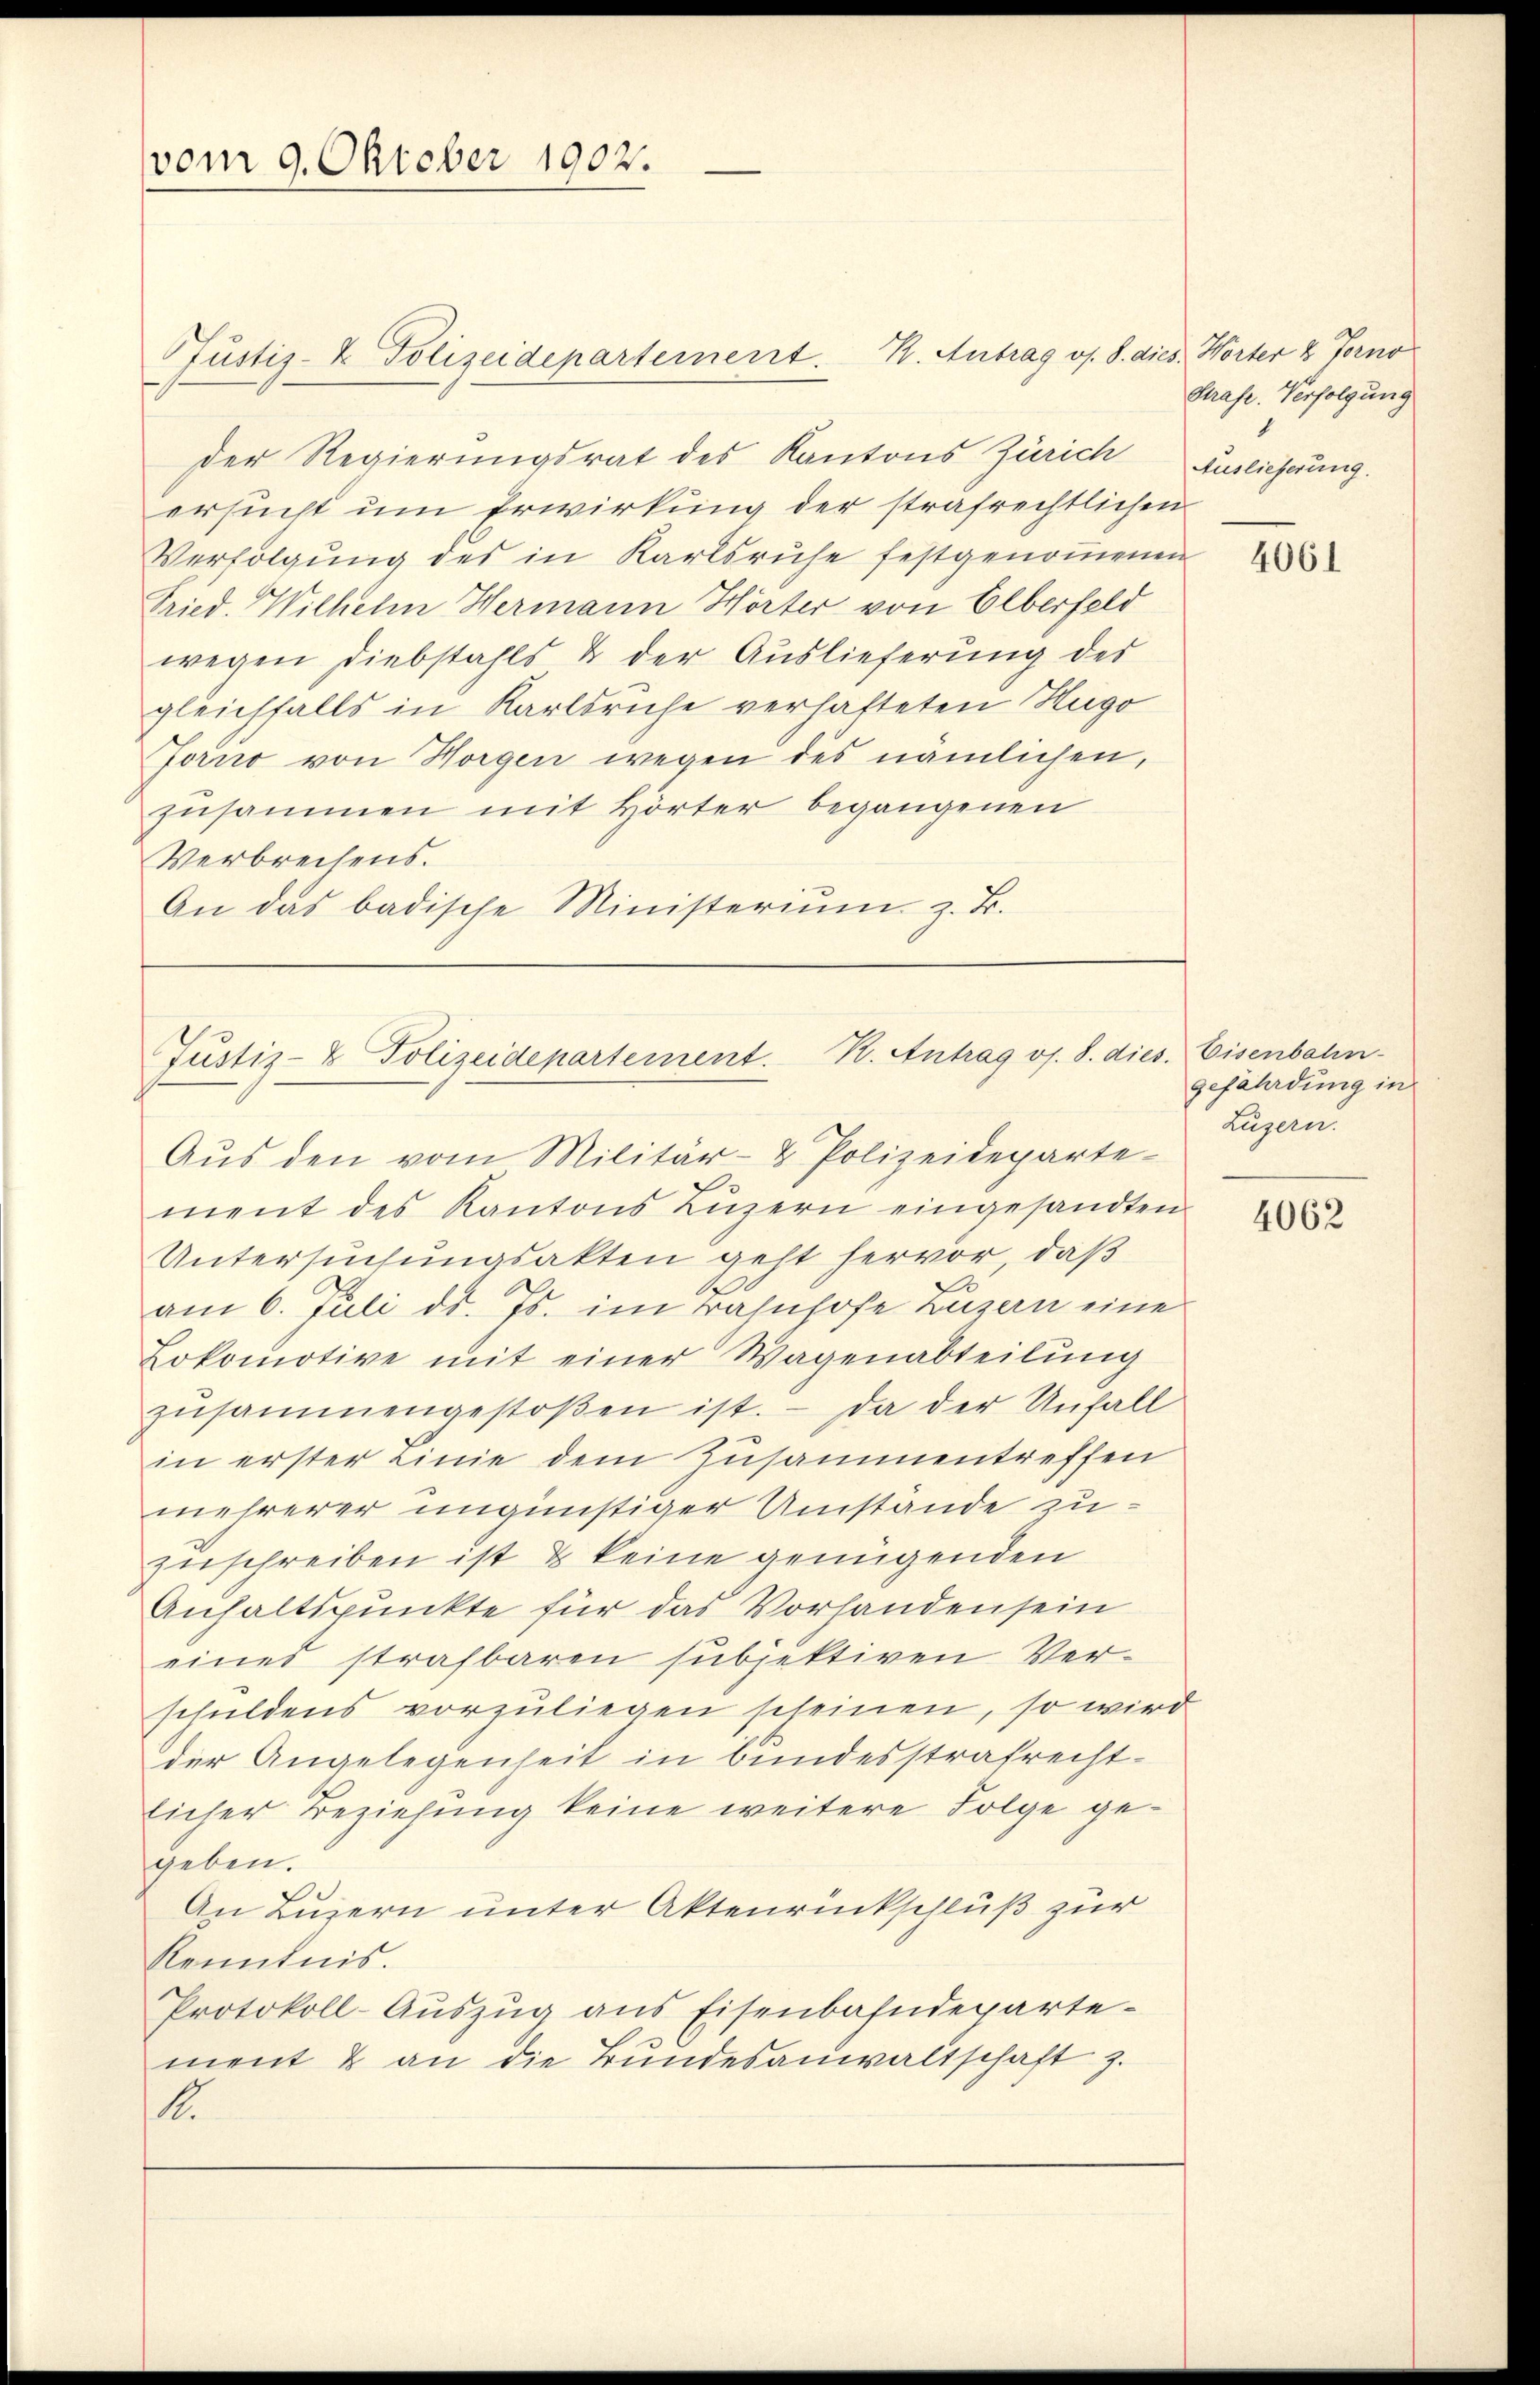
vom 9. Oktober 1902.

der Regierungsrat des Kantons Zürich Auslieferung.
ersucht um Erwirkung der strafrechtlichen
Verfolgung des in Karlsruhe festgenommenen
Fried. Wilhelm Hermann Horter von Elberfeld
wegen Diebstahls & der Auslieferung des
gleichfalls in Karlsruhe verhafteten Hugo
Jorno von Horgen wegen des nämlichen,
zusammen mit Hörter begangenen
Verbrechens.
An das badische Ministeriŭm z. B.

Justiz- & Polizeidepartement. K. Antrag v. 8. dies. Worter 2 Forno

Jŭstiz- & Polizeidepartement. K. Antrag os. S. dies. Eisenbahn-
Aŭs den vom Militär- & Polizeideparte-

ment des Kantons Luzern eingesandten
Untersuchungsakten geht hervor, daß
am 6. Juli d. Js. im Bahnhofe Luzern eine
Lokomotive mit einer Wagenabteilung
zŭsammengestoβen ist. - Da der Unfall
in erster Linie dem Zusammentreffen
mehrerer ungünstiger Umstände zuzuschreiben ist & keine genügenden
Anhaltspunkte für das Vorhanden sein
eines strafbaren subjektiven Verschuldens vorzuliegen scheinen, so wird
der Angelegenheit in bundesstrafrechtlicher Beziehung keine weitere Folge gegeben.
An Luzern unter Aktenrückschluß zur
Kenntnis.
Protokoll-Aŭszŭg ans Eisenbahndeparte
ment & an die Bŭndesanwaltschaft z.
1.

Strafe. Verfolgung

4061

gefährdung in
Luzern.

4062